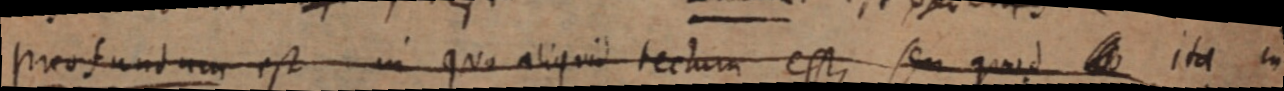
profundum est in quo aliquid tectum esse, seu quod _ ita in